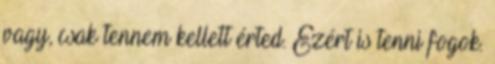
vagy, csak tennem kellett érted. Ezért is tenni fogok.